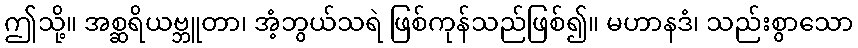
ဤသို့။ အစ္ဆရိယဗ္ဘူတာ၊ အံ့ဘွယ်သရဲ ဖြစ်ကုန်သည်ဖြစ်၍။ မဟာနဒံ၊ သည်းစွာသော